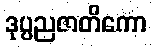
ဒုပ္ပညဇာတိကော